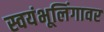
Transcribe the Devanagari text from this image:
स्वयंभूलिंगावर